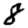
Digit: 8